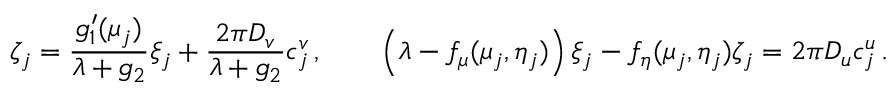
\zeta _ { j } = \frac { g _ { 1 } ^ { \prime } ( \mu _ { j } ) } { \lambda + g _ { 2 } } \xi _ { j } + \frac { 2 \pi D _ { v } } { \lambda + g _ { 2 } } c _ { j } ^ { v } \, , \qquad \left( \lambda - f _ { \mu } ( \mu _ { j } , \eta _ { j } ) \right) \xi _ { j } - f _ { \eta } ( \mu _ { j } , \eta _ { j } ) \zeta _ { j } = 2 \pi D _ { u } c _ { j } ^ { u } \, .